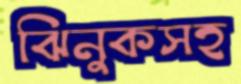
ঝিনুকসহ